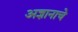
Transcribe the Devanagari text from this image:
अज्ञानाचे